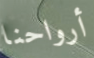
أرواحنا